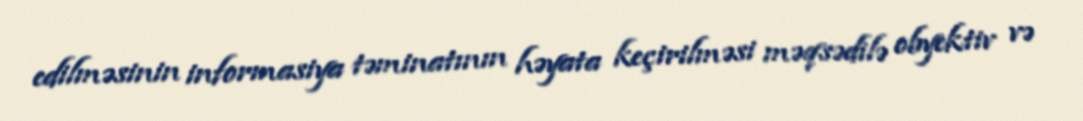
edilməsinin informasiya təminatının həyata keçirilməsi məqsədilə obyektiv və